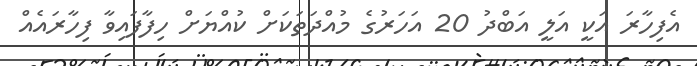
އެފިހާރަ އަކީ އަލީ އަބްދު 20 އަހަރުގެ މުއްދަތަކަށް ކުއްޔަށް ހިފާފައިވާ ފިހާރައެއް